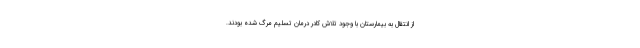
از انتقال به بیمارستان با وجود تلاش کادر درمان تسلیم مرگ شده بودند.